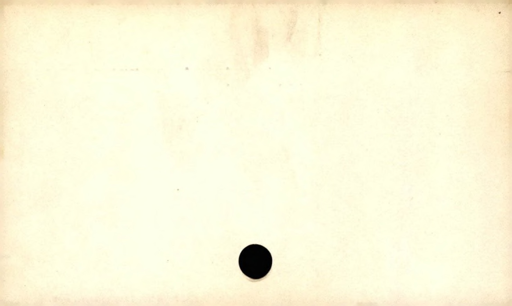
Label: blank